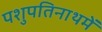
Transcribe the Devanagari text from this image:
पशुपतिनाथमें